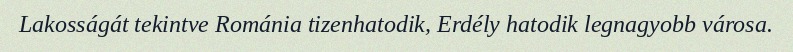
Lakosságát tekintve Románia tizenhatodik, Erdély hatodik legnagyobb városa.